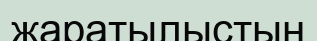
жаратылыстың